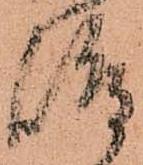
嶋